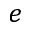
e